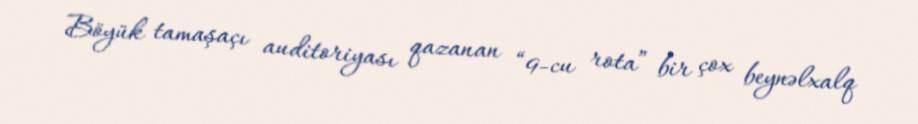
Böyük tamaşaçı auditoriyası qazanan “9-cu rota” bir çox beynəlxalq